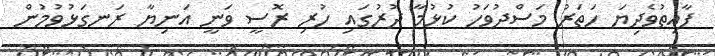
ފާއިތުވެދިޔަ ހަތަރު މަސްދުވަހު ކުޅުމާ ދުރުގައި ހުރި ރޮސީ ވަނީ އަނިޔާ ރަނގަޅުވުމުން